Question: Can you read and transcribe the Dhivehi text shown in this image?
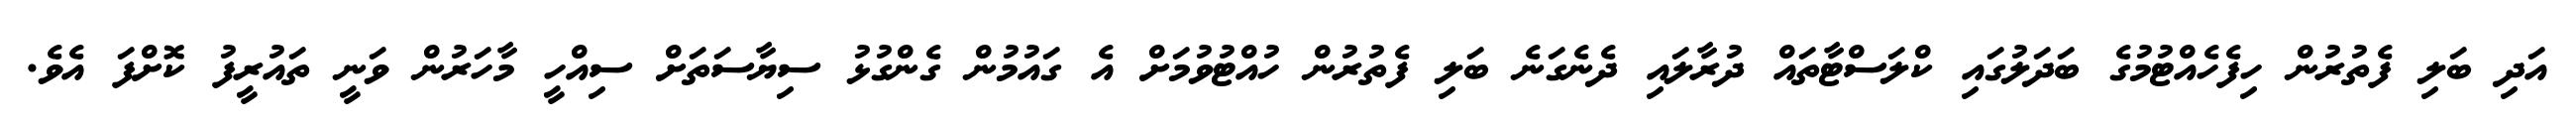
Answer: އަދި ބަލި ފެތުރުން ހިފެހެއްޓުމުގެ ބަދަލުގައި ކްލަސްޓާތައް ދުރާލައި ދެނެގަނެ ބަލި ފެތުރުން ހުއްޓުވުމަށް އެ ގައުމުން ގެންގުޅު ސިޔާސަތަށް ސިއްހީ މާހަރުން ވަނީ ތައުރީފު ކޮށްފަ އެވެ.